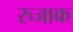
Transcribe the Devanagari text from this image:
रुजाक